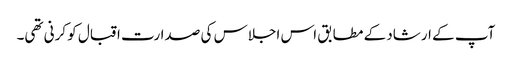
آپ کے ارشاد کے مطابق اس اجلاس کی صدارت اقبال کو کرنی تھی۔